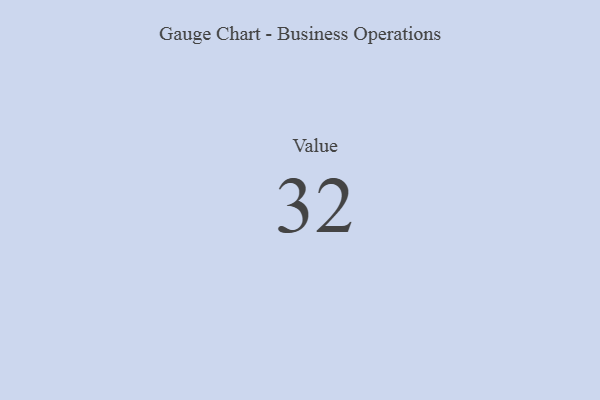
{"axis": {"x": "Metric", "y": "Value"}, "legend": [""], "data": [{"x": "Value", "y": 32, "type": ""}]}